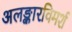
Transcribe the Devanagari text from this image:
अलङ्कारविमर्श